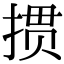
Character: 掼